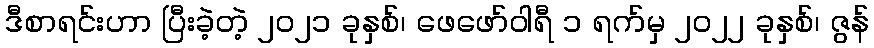
ဒီစာရင်းဟာ ပြီးခဲ့တဲ့ ၂၀၂၁ ခုနှစ်၊ ဖေဖော်ဝါရီ ၁ ရက်မှ ၂၀၂၂ ခုနှစ်၊ ဇွန်